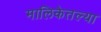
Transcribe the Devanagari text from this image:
मालिकेतल्या